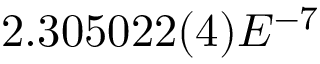
2 . 3 0 5 0 2 2 ( 4 ) E ^ { - 7 }